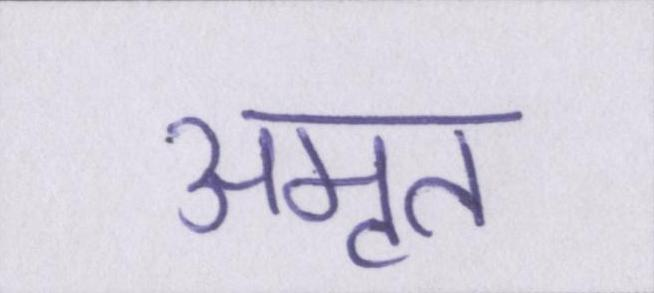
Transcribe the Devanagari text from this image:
अमृत